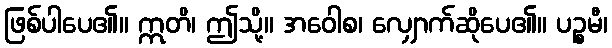
ဖြစ်ပါပေ၏။ ဣတိ၊ ဤသို့။ အဝေါစ၊ လျှောက်ဆိုပေ၏။ ပဉ္စမီ၊